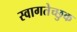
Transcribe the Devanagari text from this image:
स्वागतेच्छुक